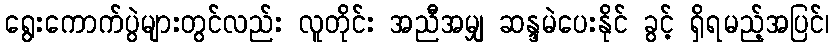
ရွေးကောက်ပွဲများတွင်လည်း လူတိုင်း အညီအမျှ ဆန္ဒမဲပေးနိုင် ခွင့် ရှိရမည့်အပြင်၊